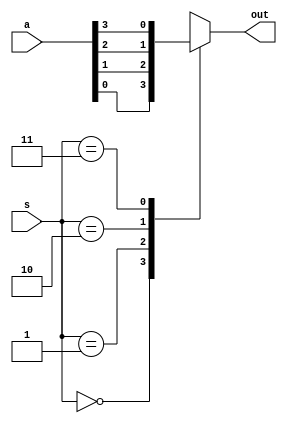
module MUX4_TO_1(input [3:0]a,
    input [1:0]s,
    output reg out);
always @ (a or s)
begin

case (s)
2'b00 : out <= a[0];
2'b01 : out <= a[1];
2'b10 : out <= a[2];
2'b11 : out <= a[3];

endcase
end
endmodule
module MUX_16to1(
    input [15:0]a,
    input [3:0]s,
    output out
);

wire [3:0]out_w;
MUX4_TO_1 mux1(a[3:0], s[1:0], out_w[0]);
MUX4_TO_1 mux2(a[7:4], s[1:0], out_w[1]);
MUX4_TO_1 mux3(a[11:8], s[1:0], out_w[2]);
MUX4_TO_1 mux4(a[15:12], s[1:0], out_w[3]);
MUX4_TO_1 mux5(a[15:0], s[3:2], out);
endmodule